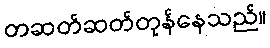
တဆတ်ဆတ်တုန်နေသည်။